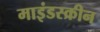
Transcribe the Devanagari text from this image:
माइंडस्क्रीन